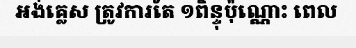
អង់គ្លេស ត្រូវការតែ ១ពិន្ទុប៉ុណ្ណោះ ពេល